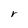
Character: r